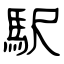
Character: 駅